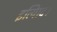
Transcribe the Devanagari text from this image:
इत्यािद।